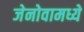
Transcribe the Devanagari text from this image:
जेनोवामध्ये